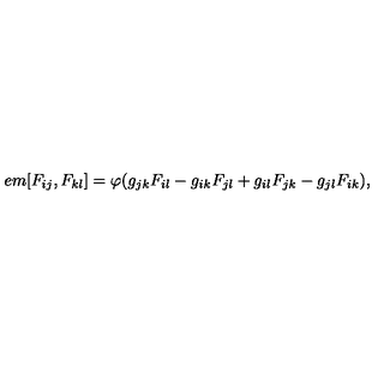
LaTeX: \hspace { + 5 e m } [ F _ { i j } , F _ { k l } ] = \varphi ( g _ { j k } F _ { i l } - g _ { i k } F _ { j l } + g _ { i l } F _ { j k } - g _ { j l } F _ { i k } ) ,